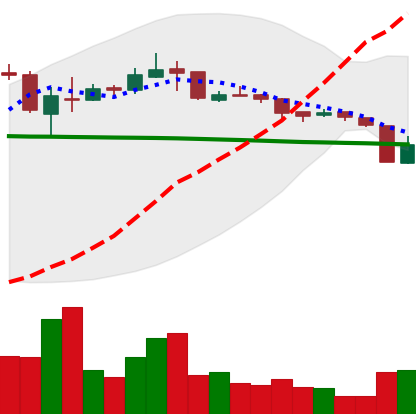
Ticker: XRP-USD
Chart end date: 2018-10-12
Forward return: 11.711%
Label: up_7plus